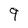
Character: 9